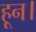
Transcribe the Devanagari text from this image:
हून।